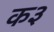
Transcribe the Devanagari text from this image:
क३